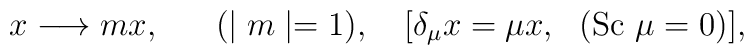
x \longrightarrow m x,~~~~~(\mid m\mid = 1),~~~[\delta_{\mu} x = \mu x, ~~({\rm Sc}~\mu = 0)],